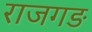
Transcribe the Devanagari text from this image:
राजगङ